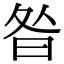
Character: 昝